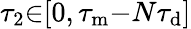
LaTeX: \tau_{2}{\in}[0,\tau_{\mathrm{m}}{-}N\tau_{\mathrm{d}}]